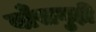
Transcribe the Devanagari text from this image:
बाँसगुड़ी